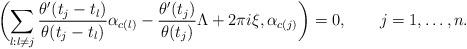
LaTeX: \begin{align*}\biggl(\sum_{l:l\neq j}{\theta'(t_j-t_l)\over \theta(t_j-t_l)}\alpha_{c(l)}-{\theta'(t_j)\over \theta(t_j)}\Lambda+2\pi i\xi,\alpha_{c(j)}\biggr)=0, \qquad j=1,\dots, n.\end{align*}